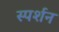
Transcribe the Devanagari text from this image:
स्पर्शन